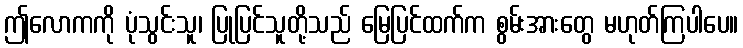
ဤလောကကို ပုံသွင်းသူ၊ ပြုပြင်သူတို့သည် မြေပြင်ထက်က စွမ်းအားတွေ မဟုတ်ကြပါပေ။